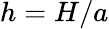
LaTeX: h=H/a